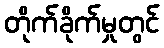
တိုက်ခိုက်မှုတွင်